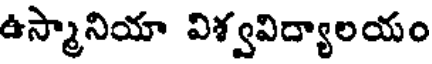
ఉస్మానియా విశ్వవిద్యాలయం